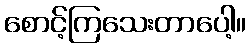
စောင့်ကြသေးတာပေါ့။